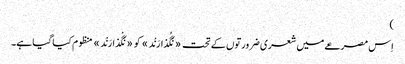
)
اِس مصرعے میں شعری ضرورتوں کے تحت «نَگُذارَنْد» کو «نَگْذارَنْد» منظوم کیا گیا ہے۔